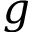
g